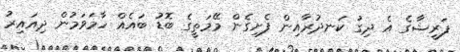
ފަރީޝާގެ އެ ދިގު ކަނދުރާއިން ފެށިގެން މޭމަތީގެ ބޮޑު ބައެއް ހާމަވަމުން ދިއައިރު